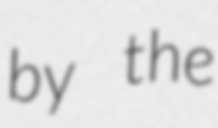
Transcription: by the